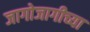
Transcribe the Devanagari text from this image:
जागोजागीच्या